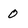
Character: 0